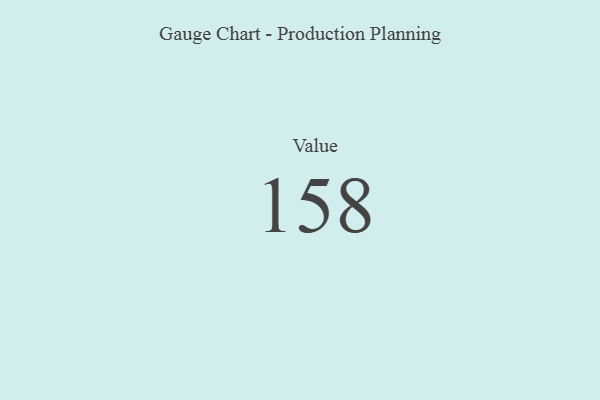
{"axis": {"x": "Metric", "y": "Value"}, "legend": [""], "data": [{"x": "Value", "y": 158, "type": ""}]}